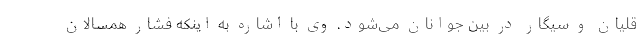
قلیان و سیگار در بین جوانان می‌شود. وی با اشاره به اینکه فشار همسالان